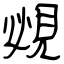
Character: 覕